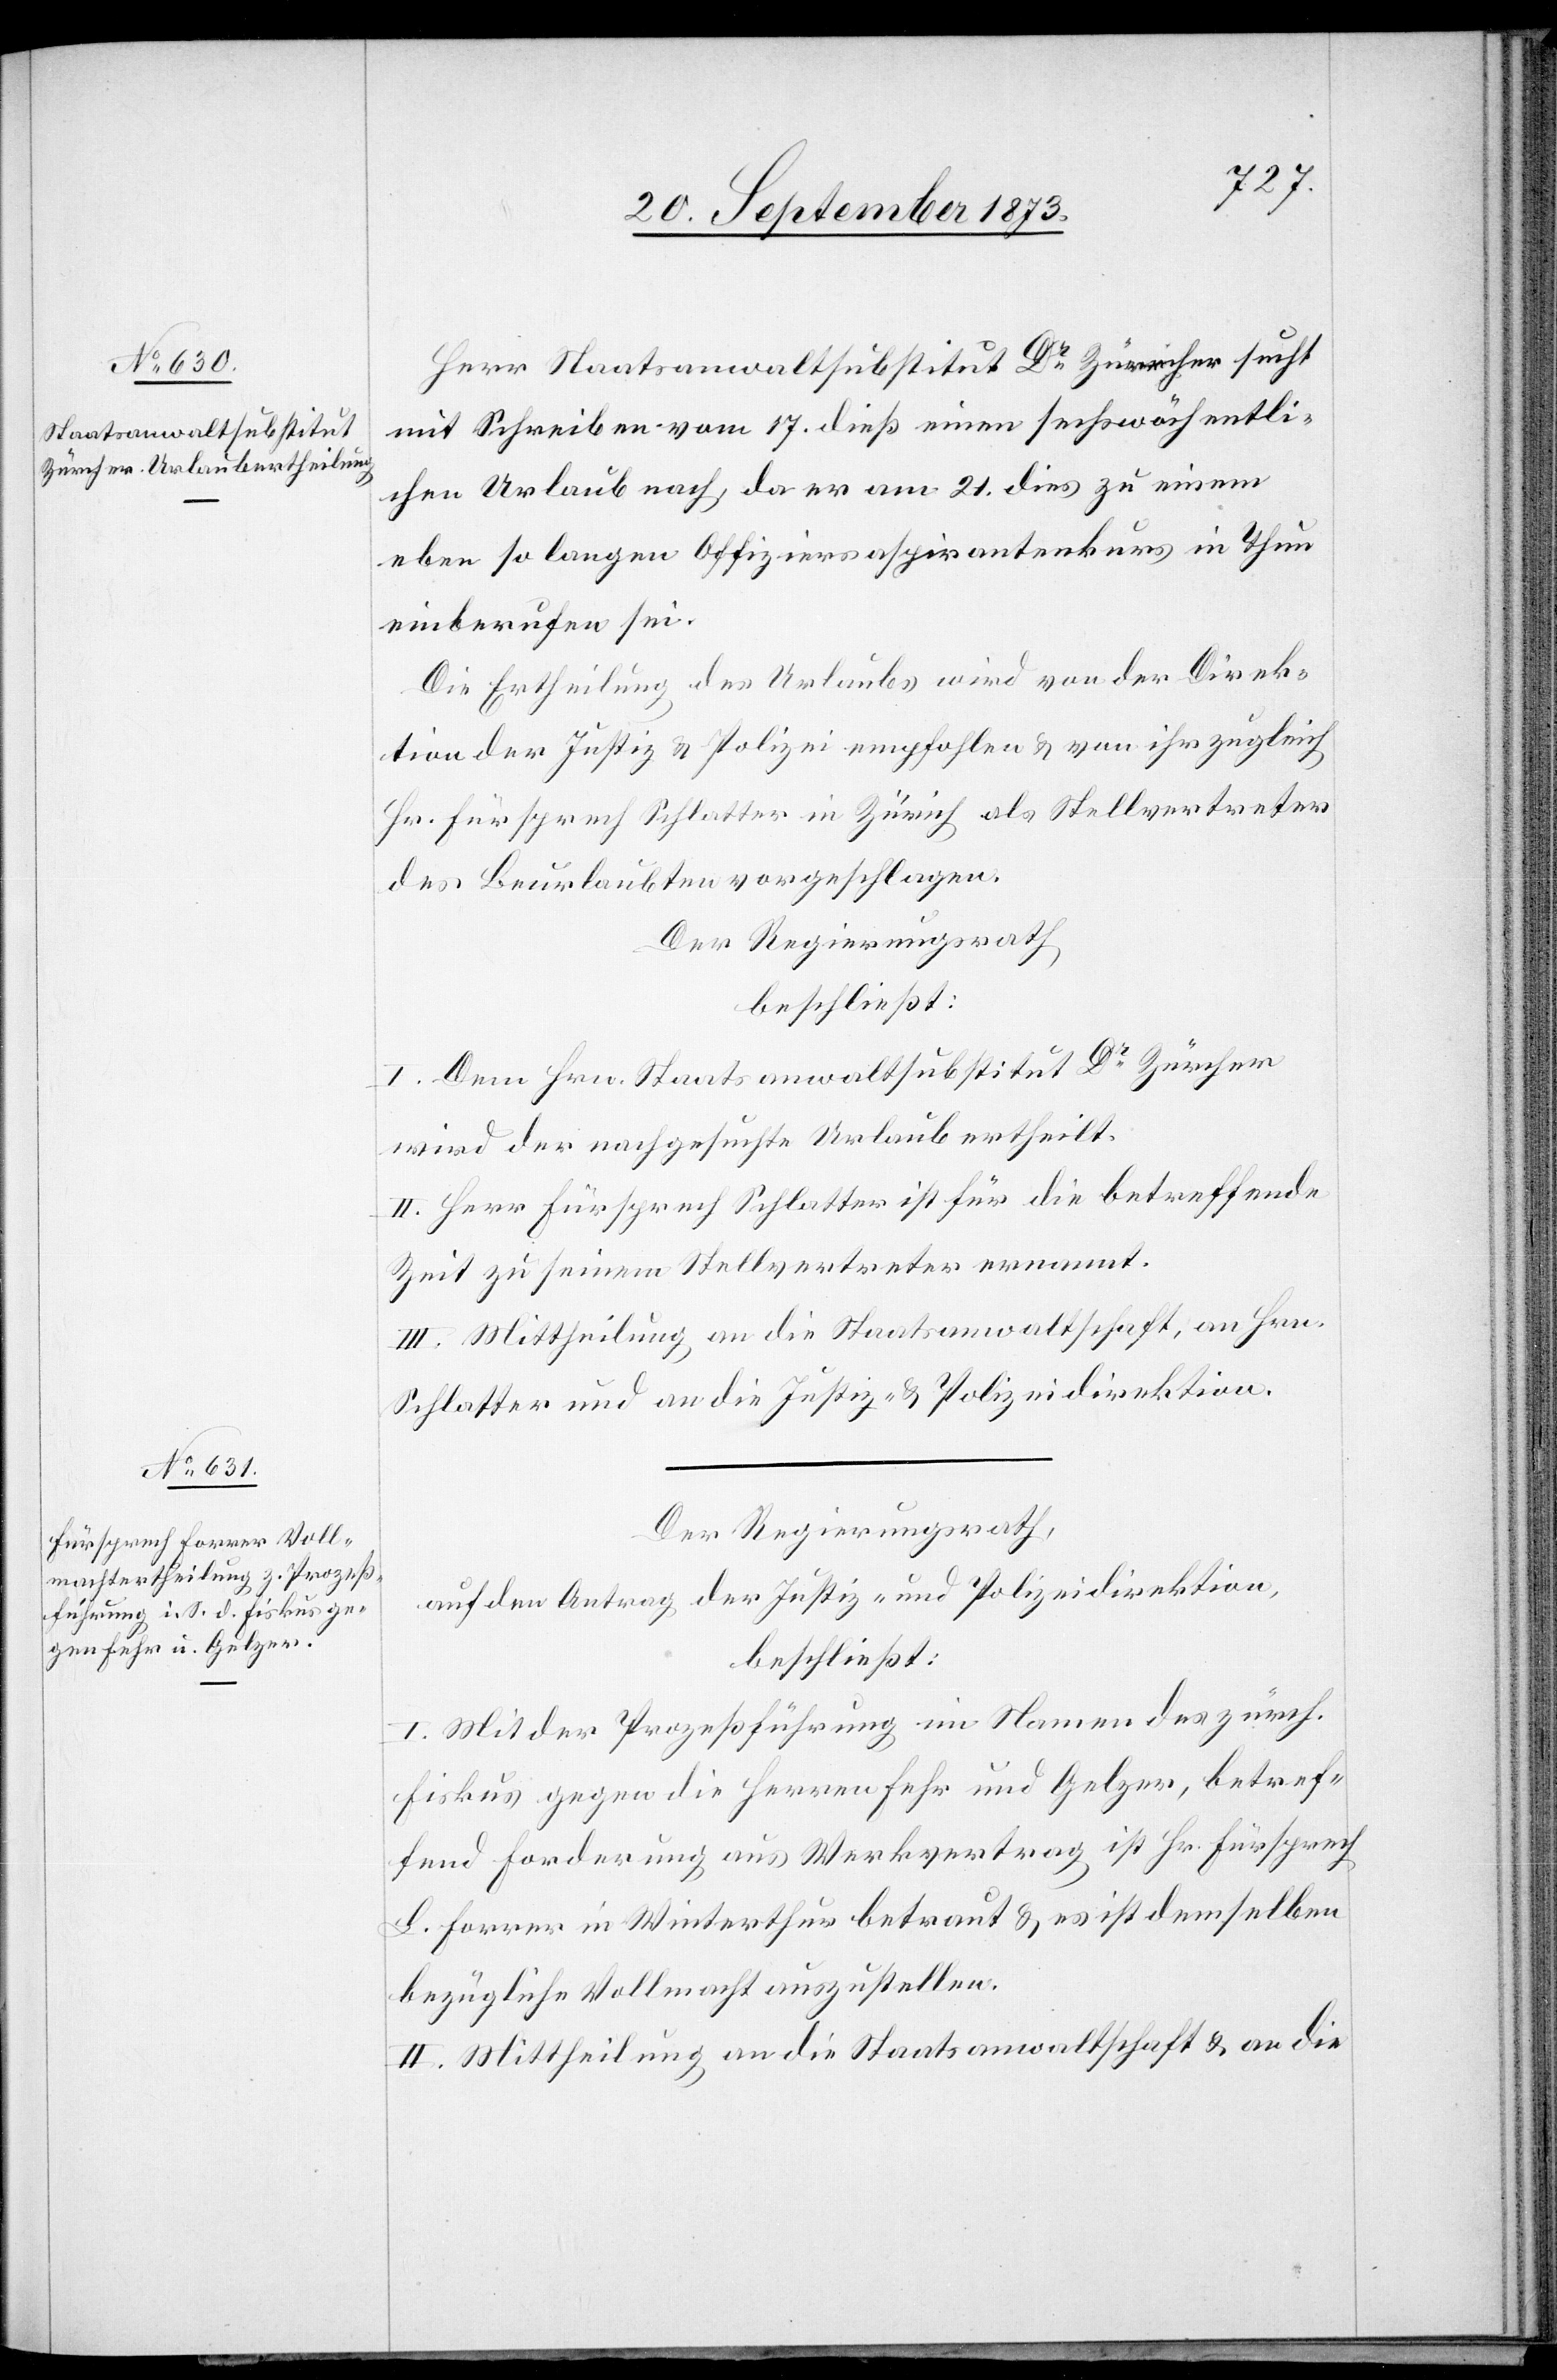
Herr Staatsanwaltsubstitut Dr Zürcher sucht
mit Schreiben vom 17. dieß einen sechswöchentli¬
chen Urlaub nach, da er am 21. dies zu einem
eben so langen Offiziersaspirantenkurs in Thun
einberufen sei.
Die Ertheilung des Urlaubs wird von der Direk¬
tion der Justiz & Polizei empfohlen & von ihr zugleich
Hr. Fürsprech Schlatter in Zürich als Stellvertreter
des Beurlaubten vorgeschlagen.
Der Regierungsrath
beschließt:
I. Dem Hrn. Staatsanwaltsubstitut Dr Zürcher
wird der nachgesuchte Urlaub ertheilt.
II. Herr Fürsprech Schlatter ist für die betreffende
Zeit zu seinem Stellvertreter ernannt.
III. Mittheilung an die Staatsanwaltschaft, an Hrn.
Schlatter und an die Justiz- & Polizeidirektion.
Der Regierungsrath,
auf den Antrag der Justiz- und Polizeidirektion,
beschließt:
I. Mit der Prozeßführung im Namen des zürch.
Fiskus gegen die Herren Fehr und Gelzer, betref¬
fend Forderung aus Werkvertrag ist Hr. Fürsprech
L. Forrer in Winterthur betraut & es ist demselben
bezügliche Vollmacht auszustellen.
II. Mittheilung an die Staatsanwaltschaft & an die